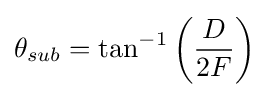
\theta _{sub}=\tan ^{-1}\left({\frac {D}{2F}}\right)